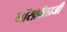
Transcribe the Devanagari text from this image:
मॉरफ़ॉलाजी